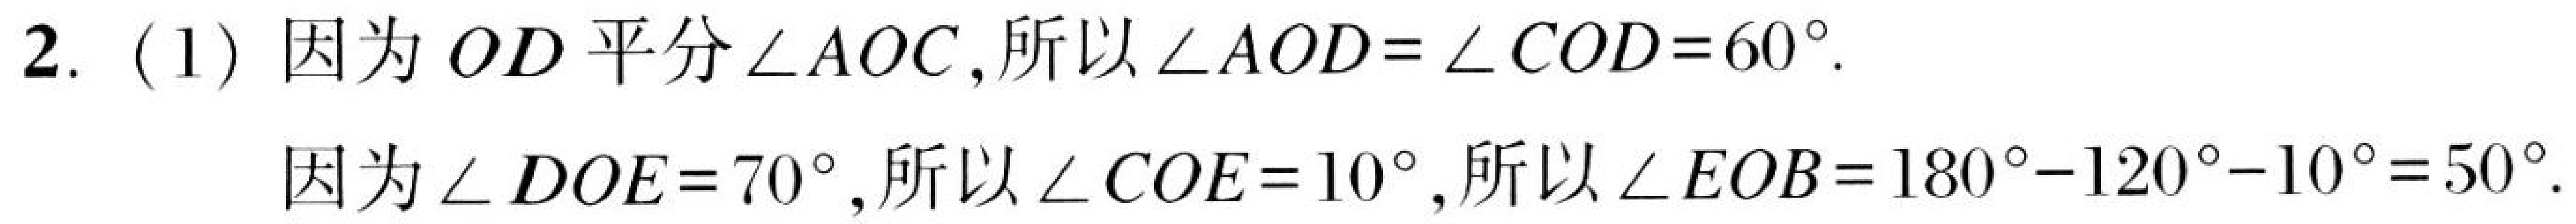
2. (1) 因为 \(OD\) 平分\(\angle AOC\)，所以\(\angle AOD = \angle COD = 60^{\circ}\).

因为\(\angle DOE = 70^{\circ}\)，所以\(\angle COE = 10^{\circ}\)，所以\(\angle EOB = 180^{\circ}-120^{\circ}-10^{\circ}=50^{\circ}\).